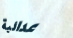
عدائية